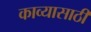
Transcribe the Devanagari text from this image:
काव्यासाठी